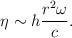
LaTeX: \begin{align*}\eta \sim h\frac{r^{2}\omega }{c}. \end{align*}